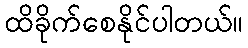
ထိခိုက်စေနိုင်ပါတယ်။